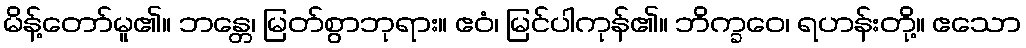
မိန့်တော်မူ၏။ ဘန္တေ၊ မြတ်စွာဘုရား။ ဧဝံ၊ မြင်ပါကုန်၏။ ဘိက္ခဝေ၊ ရဟန်းတို့။ ဧသော